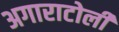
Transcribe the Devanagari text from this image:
अगाराटोली